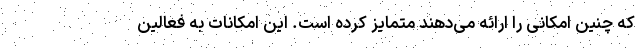
که چنین امکانی را ارائه می‌دهند متمایز کرده است. این امکانات به فعالین